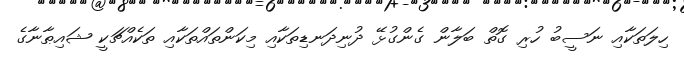
ހިލަތަކާއި ނަސީބު ހުރި ގޮތް ބަލާން ގެންގުޅޭ ދުނިދަނޑިތަކާއި މިކަންތައްތަކާއި ތަކެއްޗަކީ ޝައިޠާނާގެ